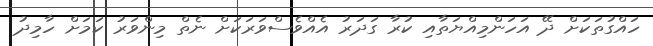
ހައްގުތަކަށް ދޭ އަހަންމިއްޔަތާއި ކުރާ ގަދަރު އެއްވެސްވަރަކަށް ނެތް މިންވަރު ކަމަށް ހާމިދު